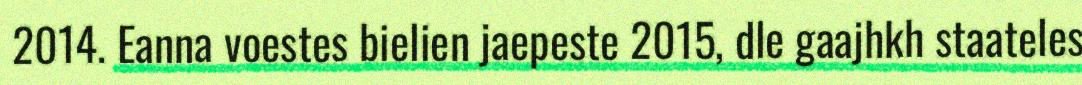
2014. Eanna voestes bielien jaepeste 2015, dle gaajhkh staateles